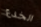
الخدع